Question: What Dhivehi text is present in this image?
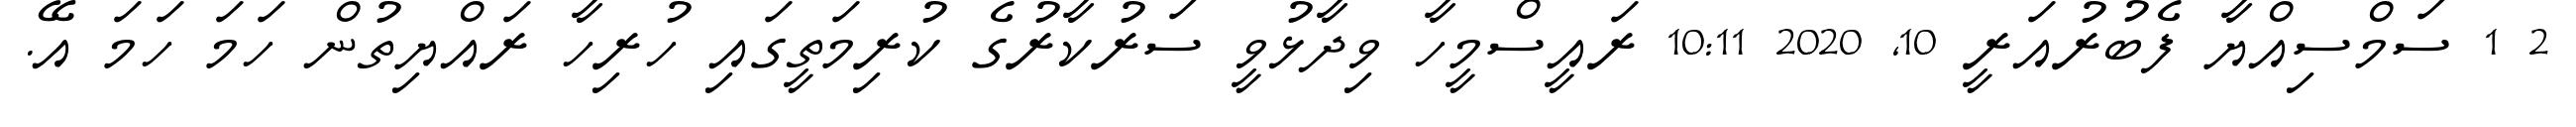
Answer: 2 1 ސަމްސިއްޔާ ފެބުރުއަރީ 10, 2020 10:11 ރައީސްމީހާ ވިދާޅުވީ ސަރުކާރުގެ ކުރިމަތީގައި ހުރިހާ ރައްޔިތުން ހަމަ ހަމަ އޭ.